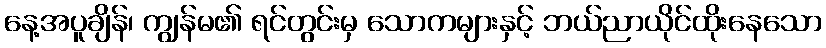
နေ့အပူချိန်၊ ကျွန်မ၏ ရင်တွင်းမှ သောကများနှင့် ဘယ်ညာယိုင်ထိုးနေသော